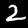
Label: 2